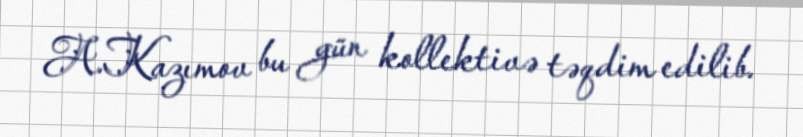
A.Kazımov bu gün kollektivə təqdim edilib.